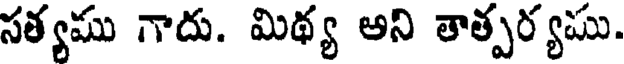
సత్యము గాదు. మిథ్య అని తాత్పర్యము.